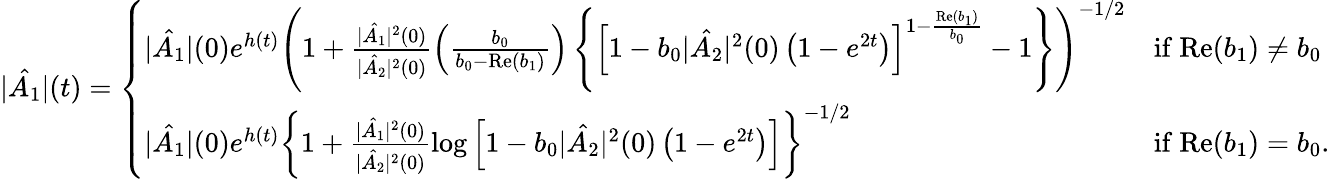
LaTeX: |\hat{A_{1}}|(t)=\left\{ \begin{array}{ll}{|\hat{A_{1}}|(0)e^{h(t)}\left(1+\frac{|\hat{A_{1}}|^{2}(0)}{|\hat{A_{2}}|^{2}(0)}\left(\frac{b_{0}}{b_{0}-\mathrm{Re}(b_{1})}\right)\left\{ \left[1-b_{0}|\hat{A_{2}}|^{2}(0)\left(1-e^{2t}\right)\right]^{1-\frac{\mathrm{Re}(b_{1})}{b_{0}}}-1\right\} \right)^{-1/2}}&{\mathrm{if~}\mathrm{Re}(b_{1})\neq b_{0}}\\ {|\hat{A_{1}}|(0)e^{h(t)}\left\{ 1+\frac{|\hat{A_{1}}|^{2}(0)}{|\hat{A_{2}}|^{2}(0)}\log\left[1-b_{0}|\hat{A_{2}}|^{2}(0)\left(1-e^{2t}\right)\right]\right\} ^{-1/2}}&{\mathrm{if~}\mathrm{Re}(b_{1})=b_{0}.}\end{array}\right.